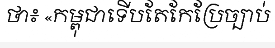
ថា៖ «កម្ពុជាទើបតែកែប្រែច្បាប់